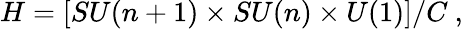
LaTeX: H=[SU(n+1)\times SU(n)\times U(1)]/C\ ,